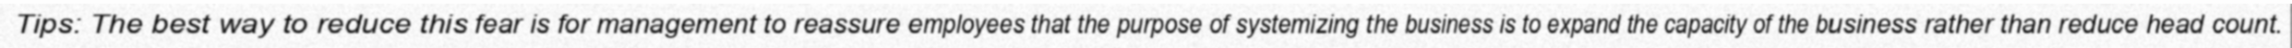
Tips: The best way to reduce this fear is for management to reassure employees that the purpose of systemizing the business is to expand the capacity of the business rather than reduce head count.